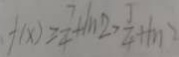
f ( x ) \geq \frac { 7 } { 4 } + 1 1 1 2 > \frac { 7 } { 4 } + f ( x ) >